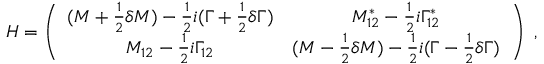
H = \left( \begin{array} { c c } { { ( M + { \frac { 1 } { 2 } } \delta M ) - { \frac { 1 } { 2 } } i ( \Gamma + { \frac { 1 } { 2 } } \delta \Gamma ) } } & { { M _ { 1 2 } ^ { * } - { \frac { 1 } { 2 } } i \Gamma _ { 1 2 } ^ { * } } } \\ { { M _ { 1 2 } - { \frac { 1 } { 2 } } i \Gamma _ { 1 2 } } } & { { ( M - { \frac { 1 } { 2 } } \delta M ) - { \frac { 1 } { 2 } } i ( \Gamma - { \frac { 1 } { 2 } } \delta \Gamma ) } } \end{array} \right) \ ,